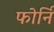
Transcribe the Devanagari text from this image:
फोर्नि